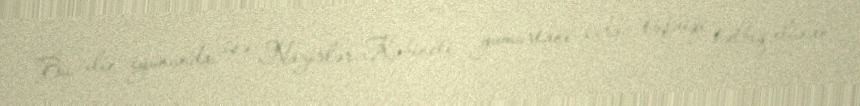
Bu ilin iyununda isə Nazirlər Kabineti yumurtanı ixrac təşviqi tətbiq olunan